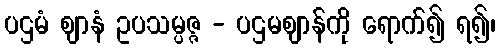
ပဌမံ ဈာနံ ဥပသမ္ပဇ္ဇ - ပဌမဈာန်ကို ရောက်၍ ရ၍၊